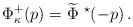
\begin{align*}\Phi^{+}_{\kappa} (p) = \widetilde{\Phi}\ ^{\star}(-p) \, .\end{align*}